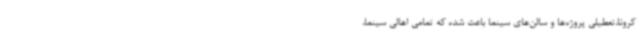
کرونا،تعطیلی پروژه‌ها و سالن‌های سینما باعث شده که تمامی اهالی سینما،